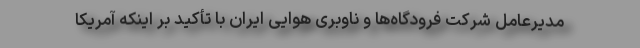
مدیرعامل شرکت فرودگاه‌ها و ناوبری هوایی ایران با تأکید بر اینکه آمریکا